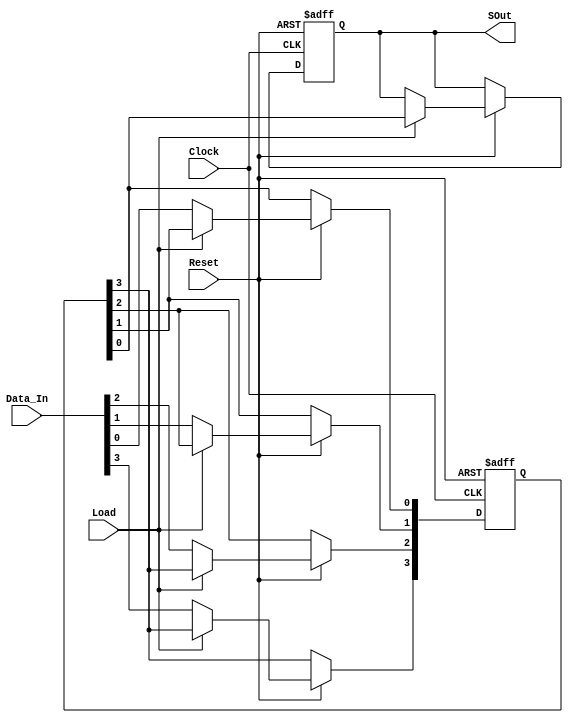
// Module Name:    PISO_Shift_Register 

module PISO_Shift_Register(Data_In, Clock, Reset, SOut, Load);
	input [3:0] Data_In;
	input Clock, Reset, Load;
	output reg SOut;
	reg [3:0] Q;
	always@(posedge Clock or negedge Reset)
	begin
		if(!Reset)
		begin
			SOut <= 1'b0;
			Q <= 4'b0;
		end
		else if(Reset)
		begin
			if(!Load) //For Load = 0, Data will be inserted
			begin
				Q[0] <= Data_In[0];
				Q[1] <= Data_In[1];
				Q[2] <= Data_In[2];
				Q[3] <= Data_In[3];
			end
			else if(Load) //For Load = 1, Data will be transmitted serially
			begin
				SOut <= Q[0];
				Q[0] <= Q[1];
				Q[1] <= Q[2];
				Q[2] <= Q[3];
			end
		end
	end
endmodule